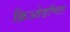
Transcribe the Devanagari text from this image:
क्रिओडॉण्टा